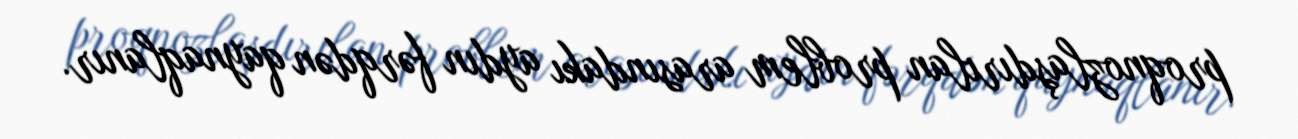
proqnozlaşdırılan problem arasındakı aydın fərqdən qaynaqlanır.